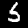
Label: 5